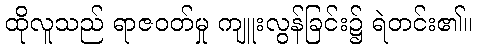
ထိုလူသည် ရာဇဝတ်မှု ကျူးလွန်ခြင်း၌ ရဲတင်း၏။